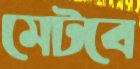
মেটবে